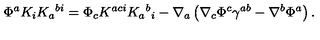
\Phi ^ { a } K _ { i } K _ { a } { } ^ { b i } = \Phi _ { c } K ^ { a c i } K _ { a } { } ^ { b } { } _ { i } - \nabla _ { a } \left( \nabla _ { c } \Phi ^ { c } \gamma ^ { a b } - \nabla ^ { b } \Phi ^ { a } \right) .